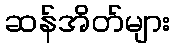
ဆန်အိတ်များ